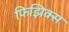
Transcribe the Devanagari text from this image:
फिझिक्स